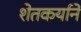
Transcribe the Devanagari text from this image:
शेतकर्याने